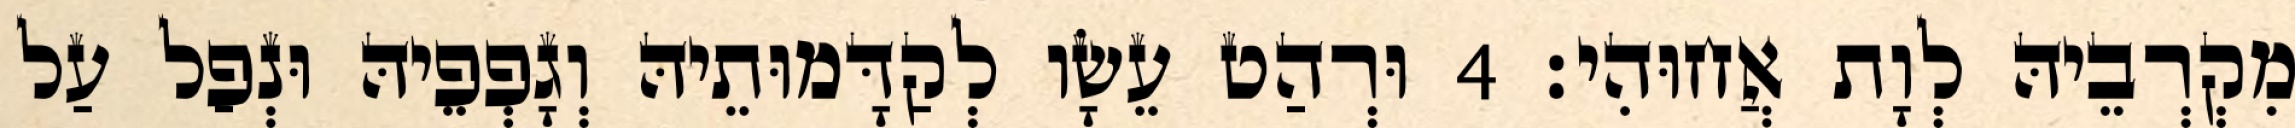
מִקְרְבֵיהּ לְוָת אֲחוּהִי׃ 4 וּרְהַט עֵשָׂו לְקַדָּמוּתֵיהּ וְגָפְפֵיהּ וּנְפַל עַל